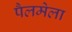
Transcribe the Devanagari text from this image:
पैलमेला